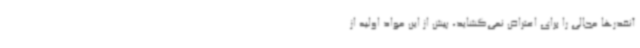
آنقدرها مجالی را برای اعتراض نمی‌گشاید، پیش از این مواد اولیه از